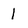
Character: 1